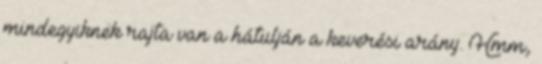
mindegyiknek rajta van a hátulján a keverési arány. Hmm,